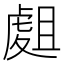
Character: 𧇈